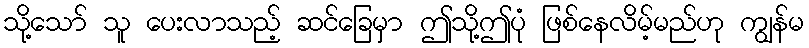
သို့သော် သူ ပေးလာသည့် ဆင်ခြေမှာ ဤသို့ဤပုံ ဖြစ်နေလိမ့်မည်ဟု ကျွန်မ